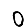
Digit: 0